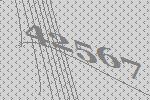
42567